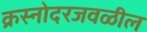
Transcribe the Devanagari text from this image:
क्रस्नोदरजवळील